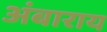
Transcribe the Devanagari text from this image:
अंबाराय